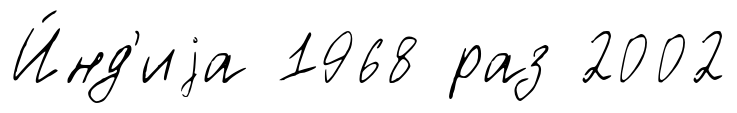
И́нд'иjа 1968 раз 2002